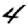
Digit: 4